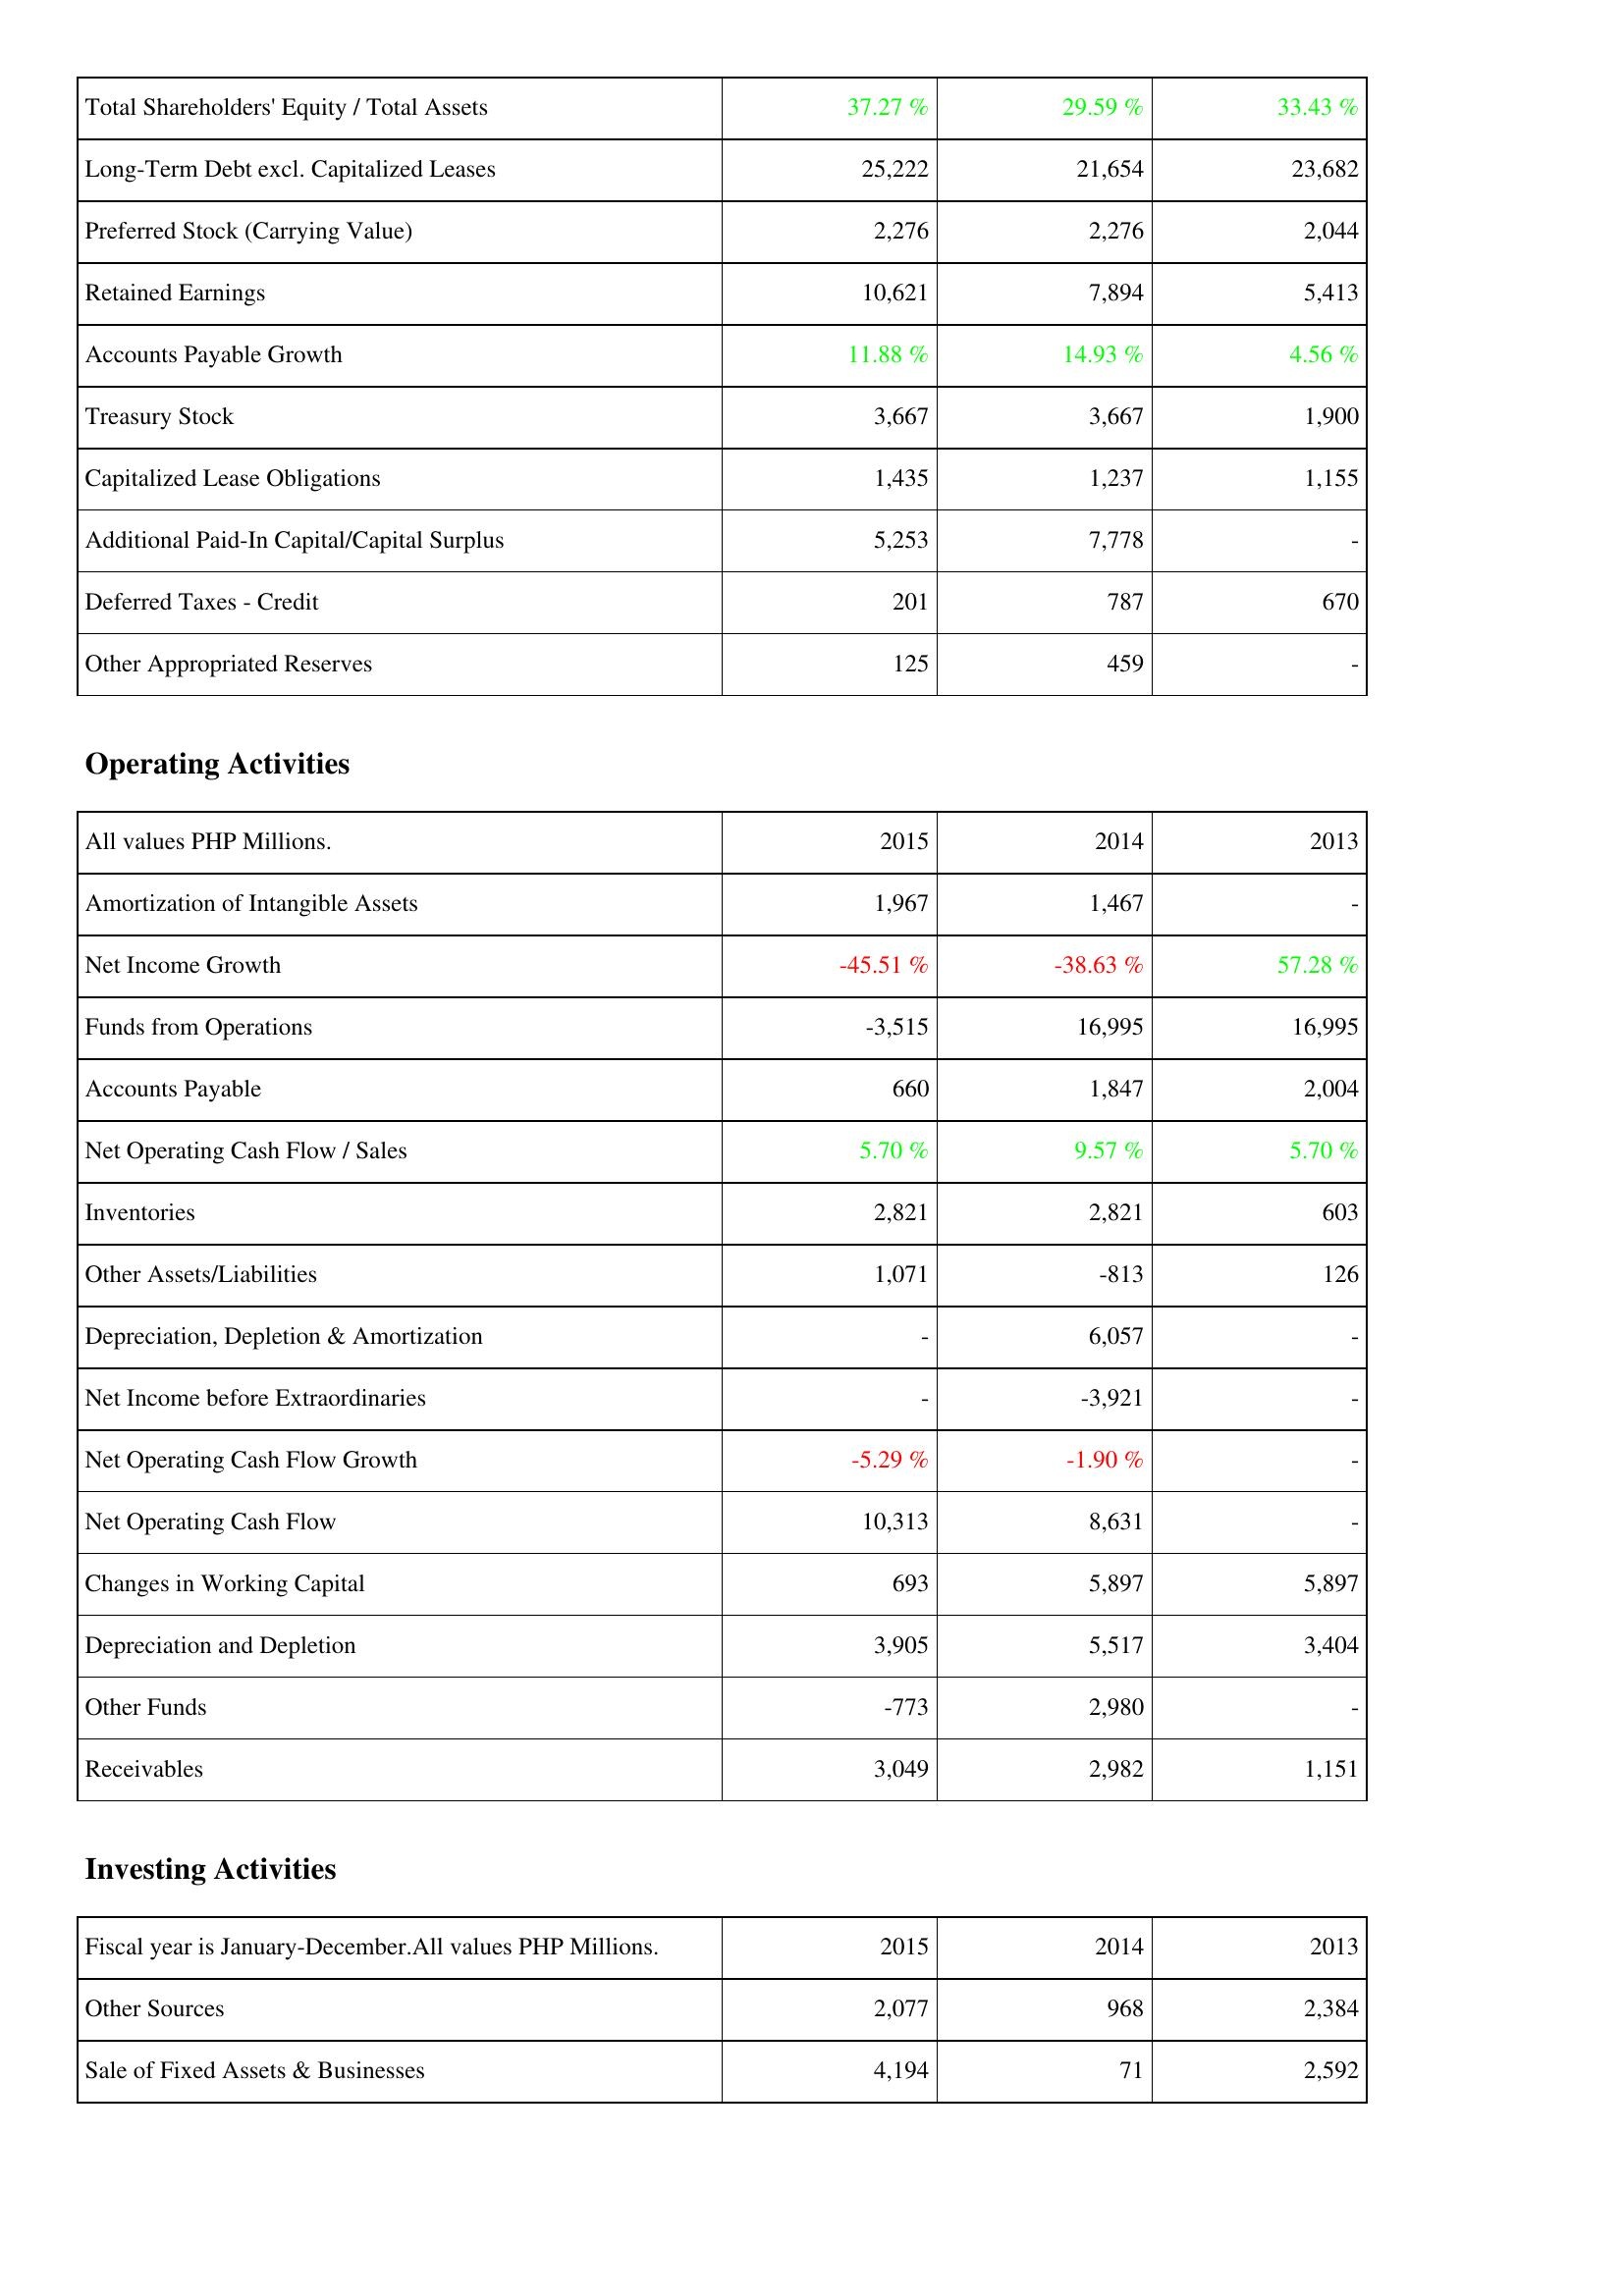
2015: Liabilities & Shareholders' Equity: Total Shareholders' Equity / Total Assets: 37.27 %
Long-Term Debt excl. Capitalized Leases: 25,222
Preferred Stock (Carrying Value): 2,276
Retained Earnings: 10,621
Accounts Payable Growth: 11.88 %
Treasury Stock: 3,667
Capitalized Lease Obligations: 1,435
Additional Paid-In Capital/Capital Surplus: 5,253
Deferred Taxes - Credit: 201
Other Appropriated Reserves: 125
Operating Activities: Amortization of Intangible Assets: 1,967
Net Income Growth: -45.51 %
Funds from Operations: -3,515
Accounts Payable: 660
Net Operating Cash Flow / Sales: 5.70 %
Inventories: 2,821
Other Assets/Liabilities: 1,071
Depreciation, Depletion & Amortization: -
Net Income before Extraordinaries: -
Net Operating Cash Flow Growth: -5.29 %
Net Operating Cash Flow: 10,313
Changes in Working Capital: 693
Depreciation and Depletion: 3,905
Other Funds: -773
Receivables: 3,049
Investing Activities: Other Sources: 2,077
Sale of Fixed Assets & Businesses: 4,194
2014: Liabilities & Shareholders' Equity: Total Shareholders' Equity / Total Assets: 29.59 %
Long-Term Debt excl. Capitalized Leases: 21,654
Preferred Stock (Carrying Value): 2,276
Retained Earnings: 7,894
Accounts Payable Growth: 14.93 %
Treasury Stock: 3,667
Capitalized Lease Obligations: 1,237
Additional Paid-In Capital/Capital Surplus: 7,778
Deferred Taxes - Credit: 787
Other Appropriated Reserves: 459
Operating Activities: Amortization of Intangible Assets: 1,467
Net Income Growth: -38.63 %
Funds from Operations: 16,995
Accounts Payable: 1,847
Net Operating Cash Flow / Sales: 9.57 %
Inventories: 2,821
Other Assets/Liabilities: -813
Depreciation, Depletion & Amortization: 6,057
Net Income before Extraordinaries: -3,921
Net Operating Cash Flow Growth: -1.90 %
Net Operating Cash Flow: 8,631
Changes in Working Capital: 5,897
Depreciation and Depletion: 5,517
Other Funds: 2,980
Receivables: 2,982
Investing Activities: Other Sources: 968
Sale of Fixed Assets & Businesses: 71
2013: Liabilities & Shareholders' Equity: Total Shareholders' Equity / Total Assets: 33.43 %
Long-Term Debt excl. Capitalized Leases: 23,682
Preferred Stock (Carrying Value): 2,044
Retained Earnings: 5,413
Accounts Payable Growth: 4.56 %
Treasury Stock: 1,900
Capitalized Lease Obligations: 1,155
Additional Paid-In Capital/Capital Surplus: -
Deferred Taxes - Credit: 670
Other Appropriated Reserves: -
Operating Activities: Amortization of Intangible Assets: -
Net Income Growth: 57.28 %
Funds from Operations: 16,995
Accounts Payable: 2,004
Net Operating Cash Flow / Sales: 5.70 %
Inventories: 603
Other Assets/Liabilities: 126
Depreciation, Depletion & Amortization: -
Net Income before Extraordinaries: -
Net Operating Cash Flow Growth: -
Net Operating Cash Flow: -
Changes in Working Capital: 5,897
Depreciation and Depletion: 3,404
Other Funds: -
Receivables: 1,151
Investing Activities: Other Sources: 2,384
Sale of Fixed Assets & Businesses: 2,592